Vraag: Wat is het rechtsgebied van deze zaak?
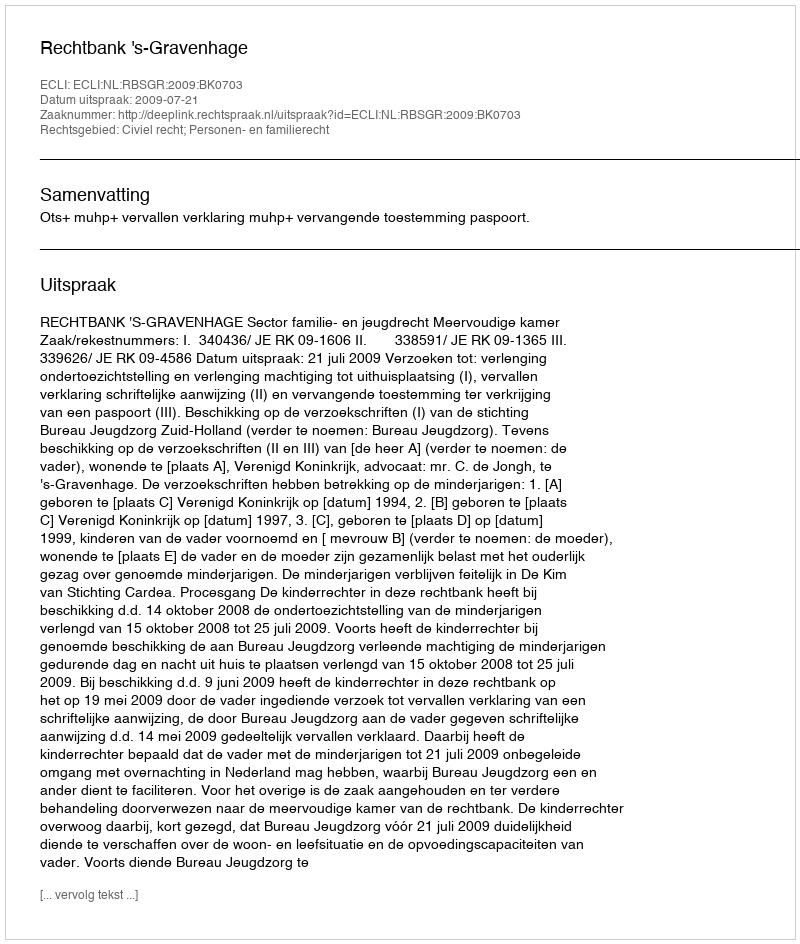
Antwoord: Civiel recht; Personen- en familierecht